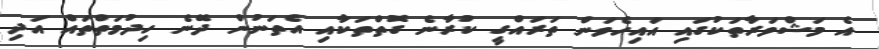
އެ މަޝްވަރާތަކުގައި އައިހެވަން ތަރައްގީ ކުރާނެ ގޮތްތަކާއި އެތަނުން ދޭނެ ހިދުމަތްތައް އަދި